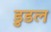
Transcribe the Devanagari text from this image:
डुडल